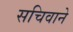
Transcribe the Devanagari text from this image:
सचिवाने